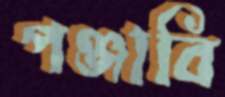
পঞ্জাবি